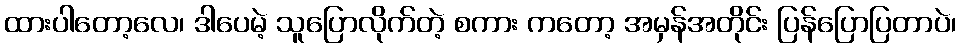
ထားပါတော့လေ၊ ဒါပေမဲ့ သူပြောလိုက်တဲ့ စကား ကတော့ အမှန်အတိုင်း ပြန်ပြောပြတာပဲ၊